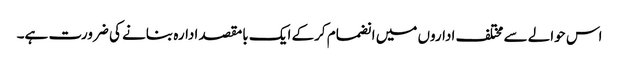
اس حوالے سے مختلف اداروں میں انضمام کرکے ایک بامقصد ادارہ بنانے کی ضرورت ہے۔